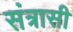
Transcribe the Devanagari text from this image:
संत्रासी